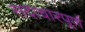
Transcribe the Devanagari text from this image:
सदाचारपूर्ण